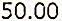
50.00